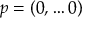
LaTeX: p = ( 0 , \ldots 0 )